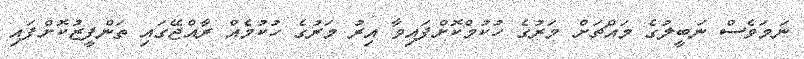
ނަމަވެސް ނަބީލުގެ މައްޗަށް މަރުގެ ހުކުމްކޮށްފައިވާ އިރު މަރުގެ ހުކުމެއް ރާއްޖޭގައި ތަންފީޒުކޮށްފައި